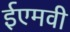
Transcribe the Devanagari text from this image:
ईएमवी